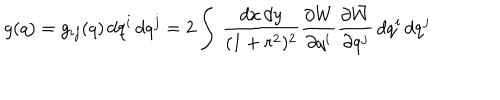
LaTeX: g ( q ) = g _ { i j } ( q ) \, d q ^ { i } \, d q ^ { j } = 2 \int \, \frac { d x \, d y } { ( 1 + r ^ { 2 } ) ^ { 2 } } \frac { \partial W } { \partial q ^ { i } } \frac { \partial \bar { W } } { \partial q ^ { j } } \, d q ^ { i } \, d q ^ { j }